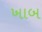
ખાબ